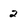
Character: 2